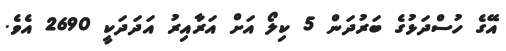
އޭގެ ހުސްދަޅުގެ ބަރުދަން 5 ކިލޯ އަށް އަރާއިރު އަދަދަކީ 2690 އެވެ.